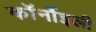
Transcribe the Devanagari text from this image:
कॉर्नोइली